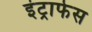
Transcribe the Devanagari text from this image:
इंट्राफेस